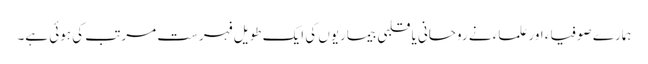
ہمارے صوفیاء اور علماء نے روحانی یا قلبی بیماریوں کی ایک طویل فہرست مرتب کی ہوئی ہے۔